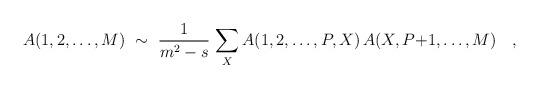
LaTeX: \begin{align*}A(1,2,\ldots,M)\ \sim\ {1\over m^2-s}\,\sum_X A(1,2,\ldots,P,X)\,A(X,P{+}1,\ldots,M) \quad ,\end{align*}